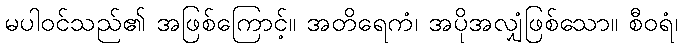
မပါဝင်သည်၏ အဖြစ်ကြောင့်။ အတိရေကံ၊ အပိုအလျှံဖြစ်သော။ စီဝရံ၊